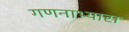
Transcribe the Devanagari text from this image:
गणनाभ्यास